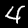
Digit: 4